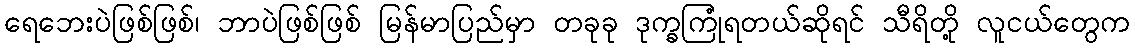
ရေဘေးပဲဖြစ်ဖြစ်၊ ဘာပဲဖြစ်ဖြစ် မြန်မာပြည်မှာ တခုခု ဒုက္ခကြုံရတယ်ဆိုရင် သီရိတို့ လူငယ်တွေက